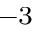
^ { - 3 }